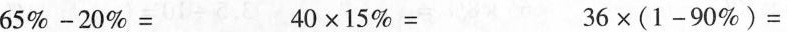
$$6 5 % - 2 0 % =$$ $$4 0 \times 1 5 % =$$ $$3 6 \times ( 1 - 9 0 % ) =$$